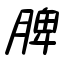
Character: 脾